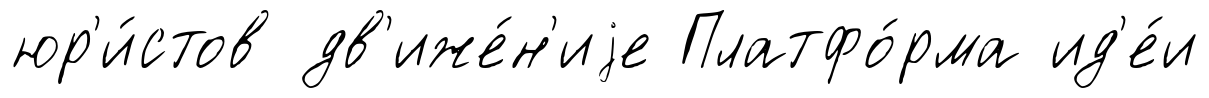
юр'и́стов дв'иже́н'иjе Платфо́рма ид'е́и